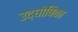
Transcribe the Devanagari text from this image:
उद्‌घोषिका